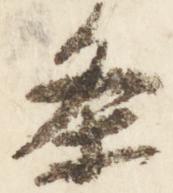
条